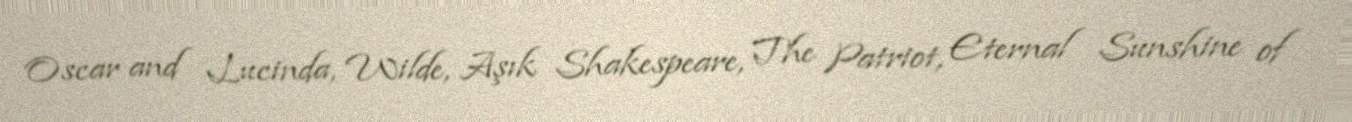
Oscar and Lucinda, Wilde, Aşık Shakespeare, The Patriot, Eternal Sunshine of